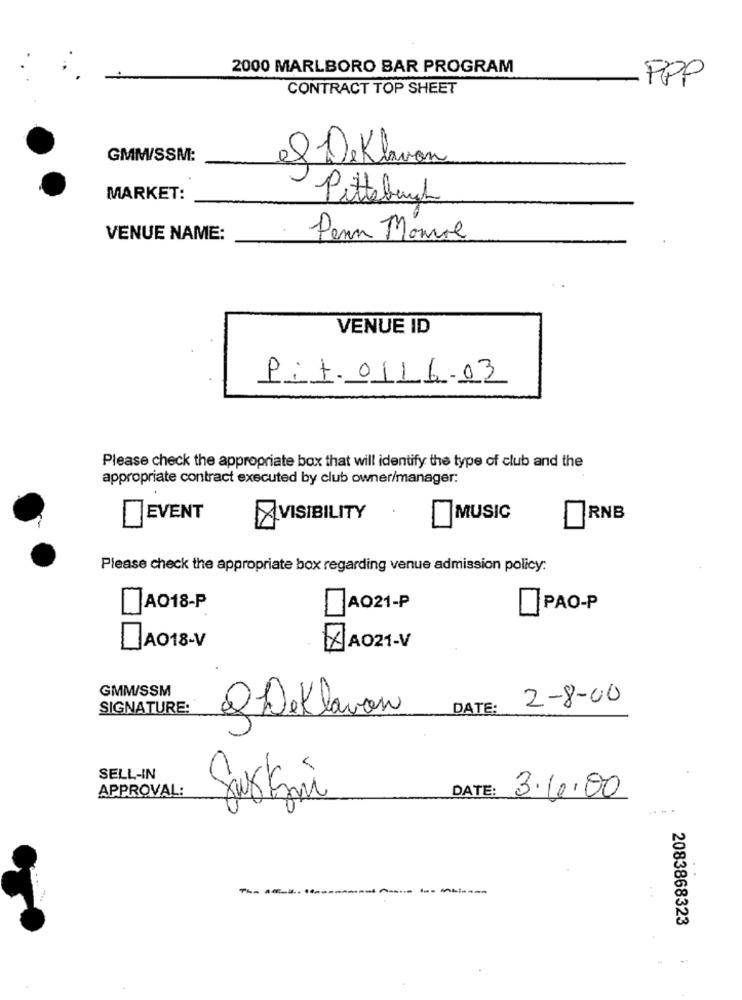
2000 MARLBORO BAR PROGRAM
PPP
CONTRACT TOP SHEET
GMM/SSM:
el DeKlaon
-
MARKET:
Pittsburgh
VENUE NAME:
Penn Mamul
VENUE ID
P:t.0116.03
Please check the appropriate box that will identify the type of club and the
appropriate contract executed by club owner/manager:
EVENT
VISIBILITY
.
MUSIC
RNB
Please check the appropriate box regarding venue admission policy:
AO18-P
AO21-P
PAO-P
AO18-V
AAO21-V
GMMW/SSM
2-8-00
SIGNATURE:
DATE:
Q Deklavon
5
SELL-IN
VE
APPROVAL:
DATE:
3.6.00
2083868323